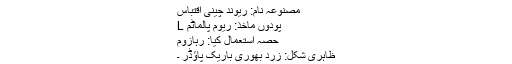
مصنوعہ نام: ریوند چینی اقتباس
پودوں ماخذ: ریوم پالماٹم L
حصہ استعمال کیا: رہازوم
ظاہری شکل: زرد بھوری باریک پاؤڈر ۔